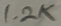
Text: 1.2K